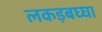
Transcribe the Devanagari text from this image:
लकड़बघ्घा